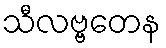
သီလဗ္ဗတေန